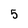
Character: 5